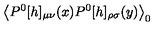
\left< P ^ { 0 } [ h ] _ { \mu \nu } ( x ) P ^ { 0 } [ h ] _ { \rho \sigma } ( y ) \right> _ { 0 }